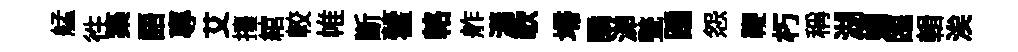
艋徃築語專艾擡綰較帷斷藿輅舴瀟欹埽譎涕甃踵怨鞭朽稱湖媚臨輯涘